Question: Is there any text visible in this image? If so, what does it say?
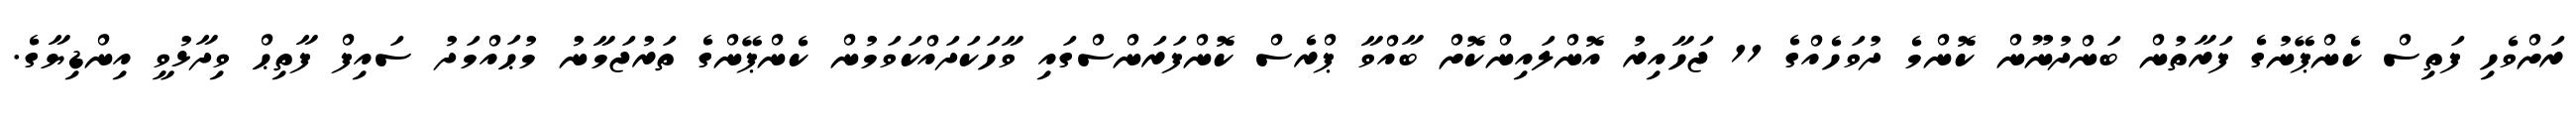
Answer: ރަށްވެހި ފަތިސް ކެންޕޭނުގެ ފަރާތުން ބަންދުނޫން ކޮންމެ ދުވަހެއްގެ 11 ޖަހާއިރު އޮންލައިންކޮށް ބާއްވާ ޕްރެސް ކޮންފަރަންސްގައި ވާހަކަދައްކަވަމުން ކެންޕޭންގެ ތަރުޖަމާނު މުޙައްމަދު ސައިފް ފާތިޙް ވިދާޅުވީ އިންޑިޔާގެ.